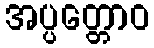
အပ္ပတ္တောဝ